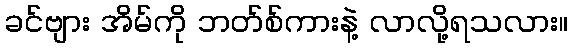
ခင်ဗျား အိမ်ကို ဘတ်စ်ကားနဲ့ လာလို့ရသလား။